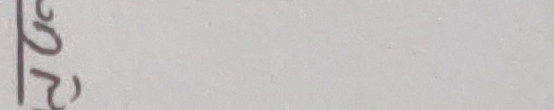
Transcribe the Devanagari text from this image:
२७